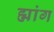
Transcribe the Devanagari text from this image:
ह्मांग